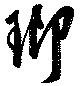
瑯